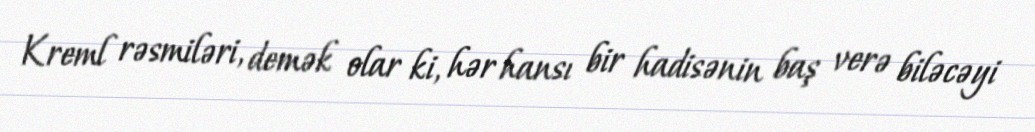
Kreml rəsmiləri, demək olar ki, hər hansı bir hadisənin baş verə biləcəyi